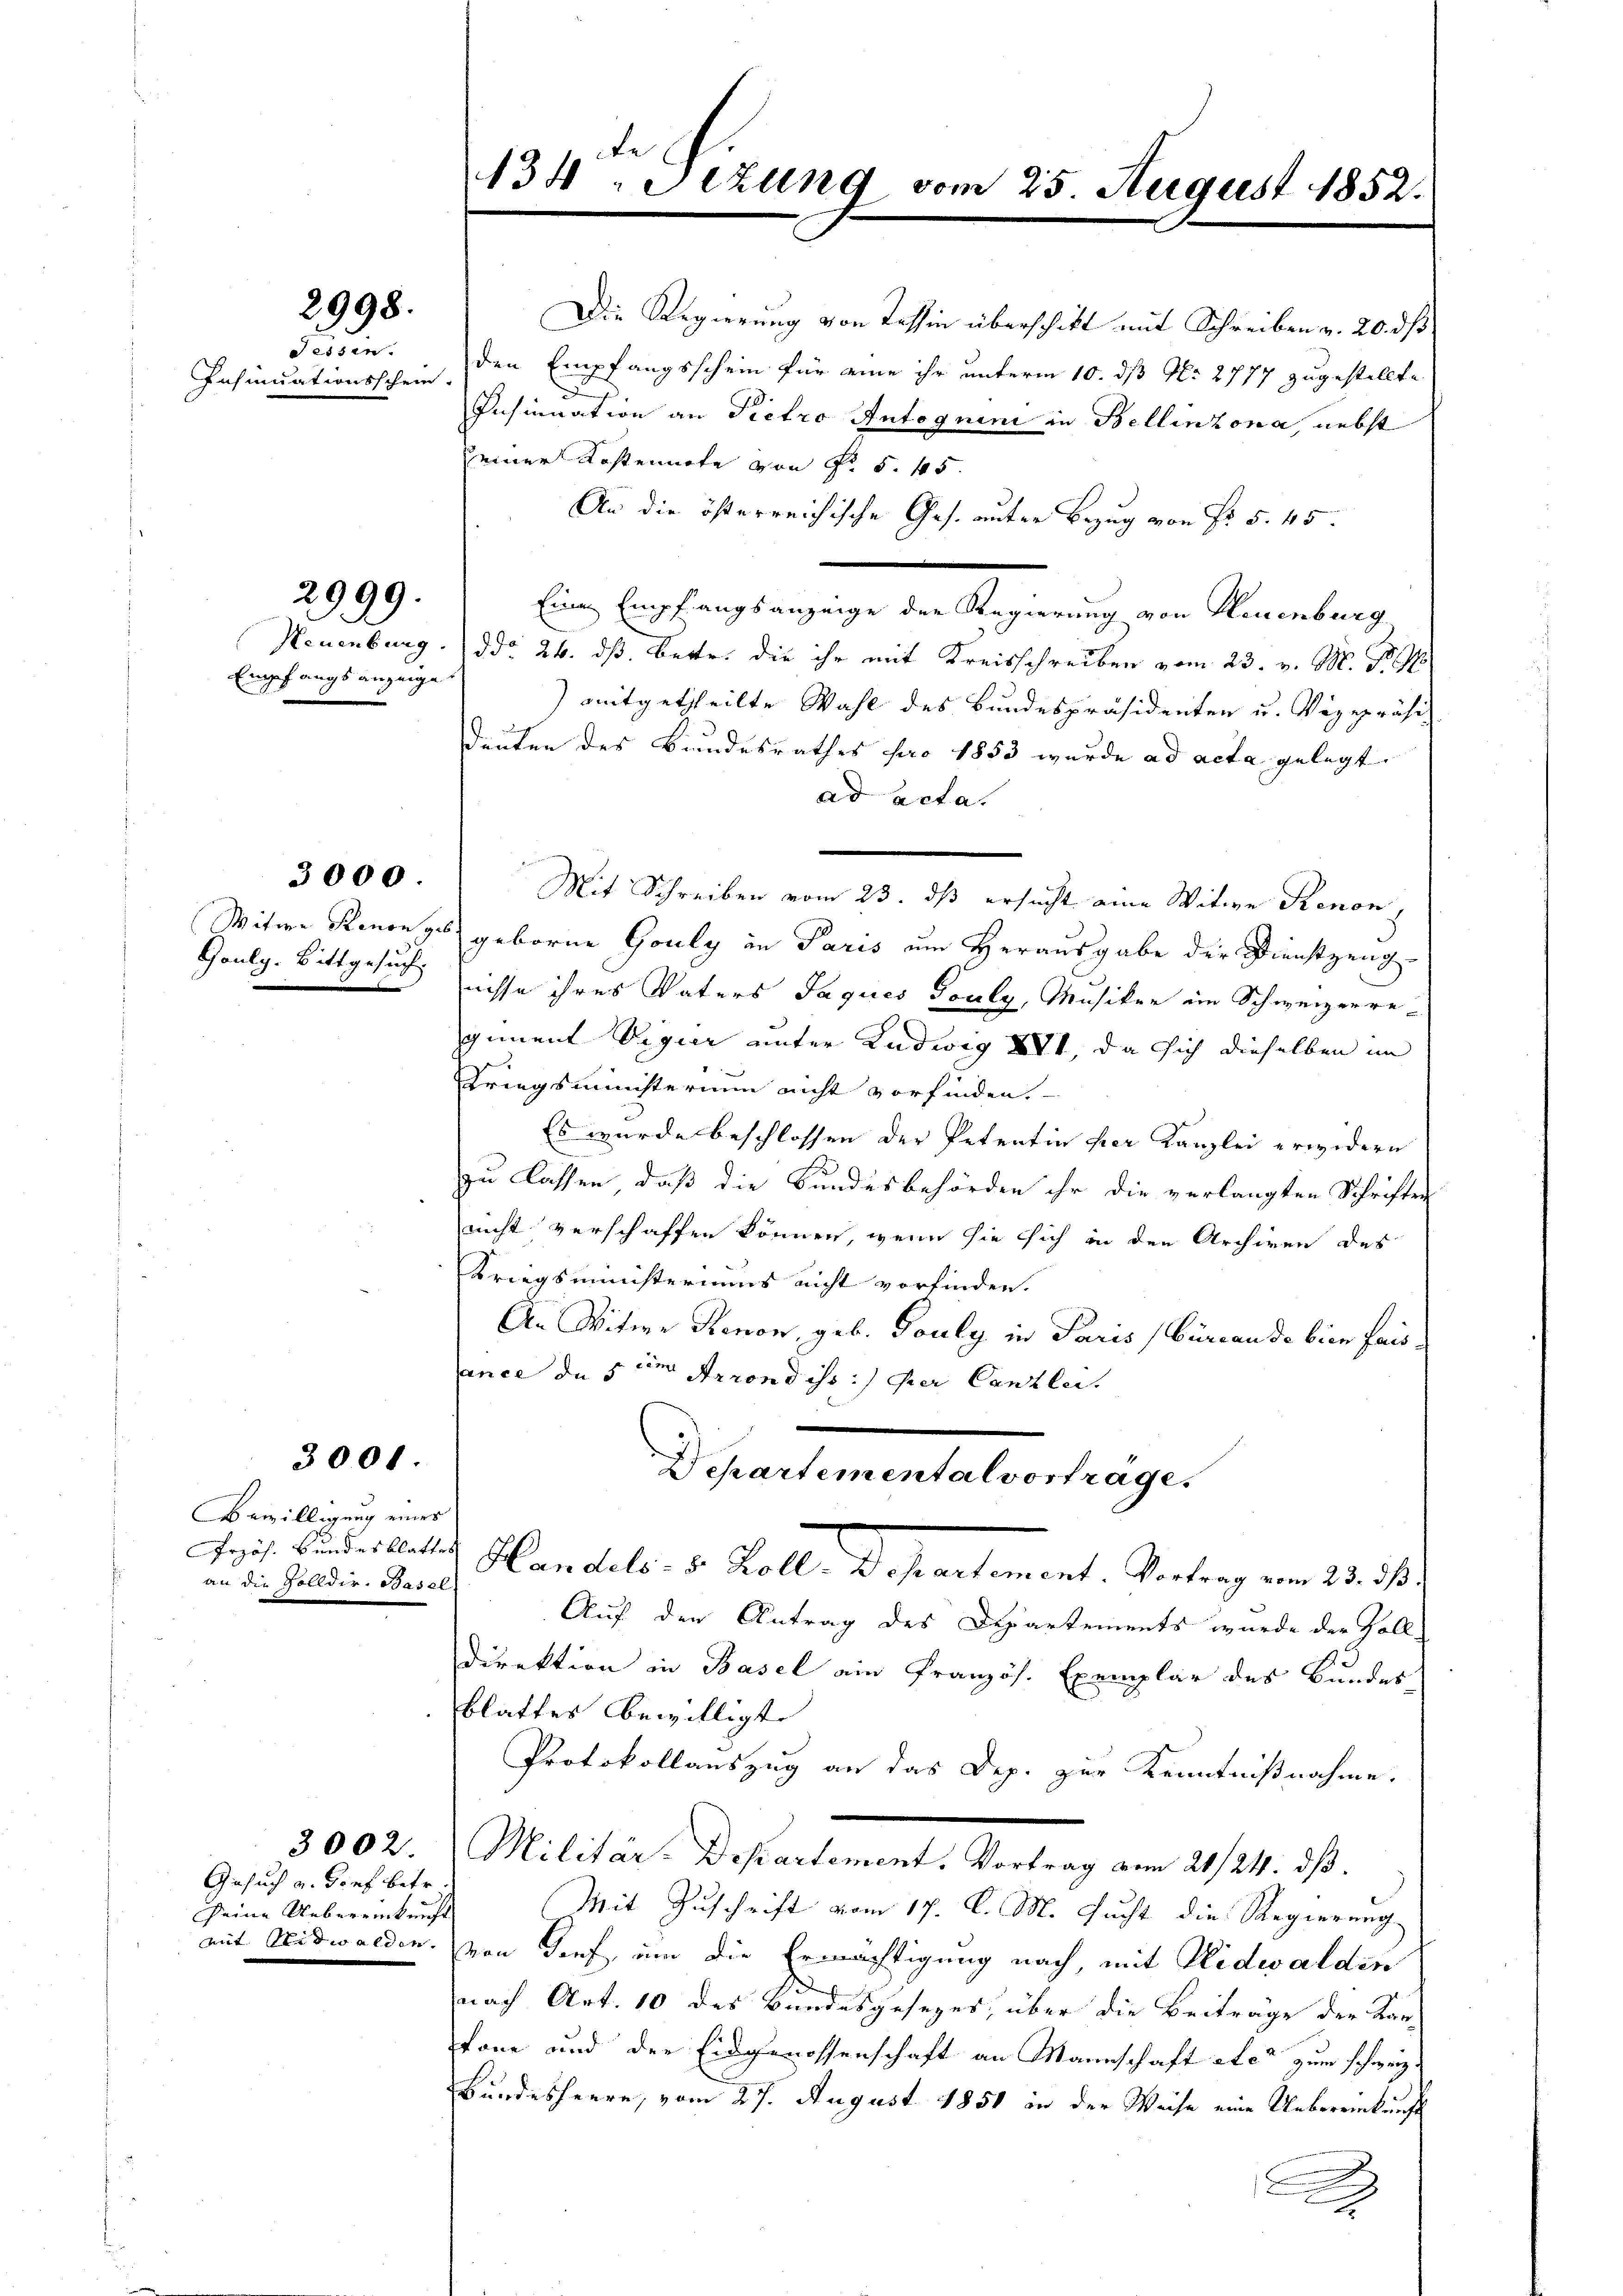
Fessen.
Insinuationsschein.

2998.

Empfangs anzeige.

2999.

3000.

3001.

Bewilligung eines
an die Zolldir. Basel

Gesuch u. Dorf betr.
seine Uebereinkunft

134. Dezung vom 25. August 1852.

Die Regierung von Tessin überschikt mit Schreiben v. 20. ds
den Empfangsschein für eine ihr unterm 10. ds N. 2777 zugestellte
d
Insinuation an Pietro Antognini in Bellinzona, nebst
seiner Restennote von Fr. 5. 45.
An die österreichische Ges. unter Bezug von Fr. 5. 45.
Eine Empfangsanzeige der Regierung von Neuenburg,
Neuenburg. ddo 24. dß. Betr. die ihr mit Kreisschreiben vom 23. v. M. Nr. 71
) mitgetheilte Wahl des Bundespräsidenten u. Vizepräsi
deuten des Bundesrathes pro 1853 wurde ad acta gelegt.
ad acta.
.
Mit Schreiben vom 23. ds ersucht eine Witwe Renon,
Witwe Renonzes geborne Gouly in Paris um Herausgabe der Dienstzeug-
Goulg. Bittgesuchtnisse ihres Vaters Jaques Souly, Musiker ein Schweizerregiment Vigier unter Ludwig XII, da sich dieselben im
Kriegsministerium nicht vorfinden.
Es wurde beschlossen der Petentin hier Kanzlei erwidern
zu lassen, daß die Bundesbehörden ihr die verlangten Schriften
nicht verschaffen können, wenn sie sich in den Archiven des
Kriegsministeriums nicht vorfinden.
An Witwe Renon, geb. Touly in Paris Büreau de bien fai
ance de sein Arrondiss:) per Canzlei.
Departementalvortrage.
ris. Bunder lates Handels. 5 Zoll. Departement. Vortrag vom 23. d.
Auf der Antrag des Departements wurde der Zoll
Direktion in Basel am Französ. Exemplar des Bundes
blattes bewilligte
Protokollauszug an das Dep. zur Kenntnißnahme.
3002. Militär-Departement. Vortrag vom 21/24. dβ.
Mit Zuschrift vom 17. d. M. Sucht die Regierung
mit Nidwalden. von Torf, um die Ermächtigung nach, mit Nidwalden
nach Art. 10 des Bundesgesezes, über die Beiträge der Kan-
kone und der Eidgenossenschaft an Mannschaft etc. zum schweiz.
Bundesheere, vom 27. August 1851 in der Weise eine Uebereinkunft
s